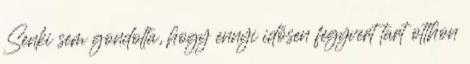
Senki sem gondolta, hogy ennyi idősen fegyvert tart otthon